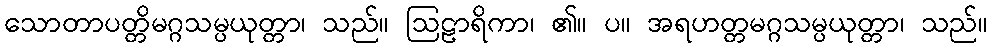
သောတာပတ္တိမဂ္ဂသမ္ပယုတ္တာ၊ သည်။ ဩဠာရိကာ၊ ၏။ ပ။ အရဟတ္တမဂ္ဂသမ္ပယုတ္တာ၊ သည်။